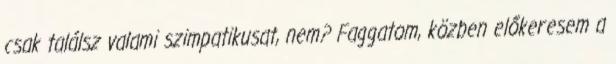
csak találsz valami szimpatikusat, nem? Faggatom, közben előkeresem a